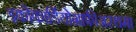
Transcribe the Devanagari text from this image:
इकोकार्डियोग्राफीअस्थमा